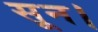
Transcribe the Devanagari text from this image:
सून।